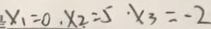
x _ { 1 } = 0 . x _ { 2 } = 5 \cdot x _ { 3 } = - 2